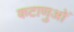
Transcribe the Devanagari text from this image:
कटाणुओं